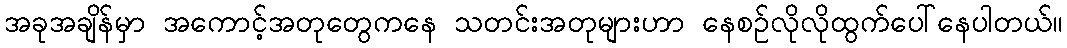
အခုအချိန်မှာ အကောင့်အတုတွေကနေ သတင်းအတုများဟာ နေစဉ်လိုလိုထွက်ပေါ်နေပါတယ်။